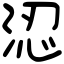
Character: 涊